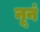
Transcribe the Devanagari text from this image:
नूनं